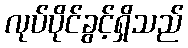
လုပ်ပိုင်ခွင့်ရှိသည်